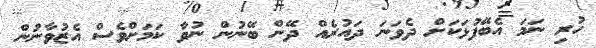
ހުރި ނަމަ އެބޭފުޅަކަށް ދެވަނަ ދައުރެއް ދޭން ބޭނުން ނުވާ ކަމަށްވެސް އެޒުވާނުން